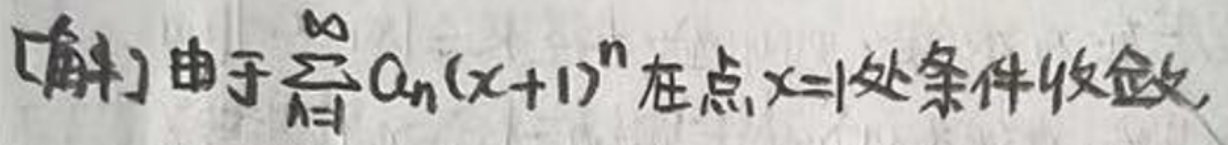
[解] 由于\(\sum_{n = 1}^{\infty}a_n(x + 1)^n\)在点\(x = 1\)处条件收敛